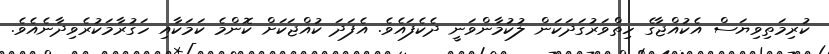
ކުރިމަތިވިޔަސް އެކުއްޖާގެ ހިތްވަރުގަދަކަން ލުކުމާންވަނީ ދެކެފައެވެ. އެފަދަ ކުއްޖަކަށް ކޮންމެ ކަމަކާއި ހަގުރާމަކުރެވިދާނެއެވެ.